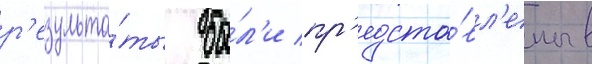
р'езульта́ты бы́л'и пр'едста́вл'ены в